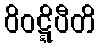
ဝိဝဋ္ဋိပီတိ